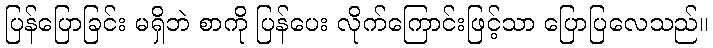
ပြန်ပြောခြင်း မရှိဘဲ စာကို ပြန်ပေး လိုက်ကြောင်းဖြင့်သာ ပြောပြလေသည်။